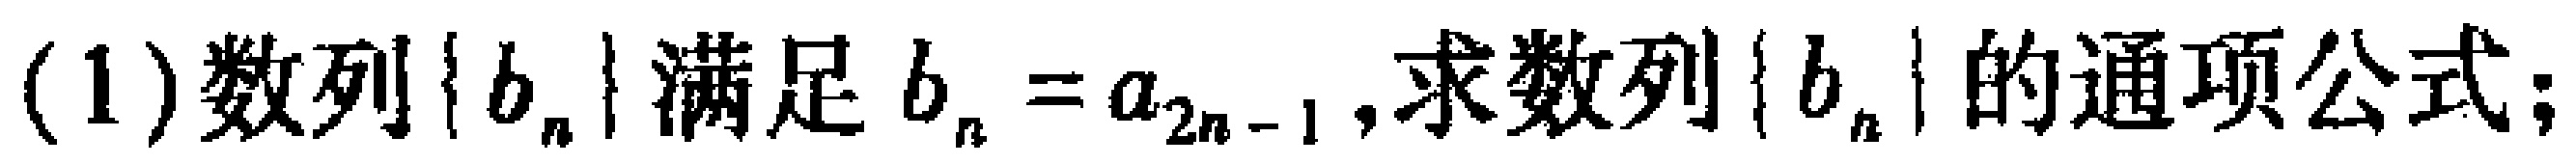
(1)数列\(\{b_{n}\}\)满足\(b_{n}=a_{2n - 1}\),求数列\(\{b_{n}\}\)的通项公式；